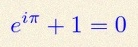
e^{i\pi}+1=0